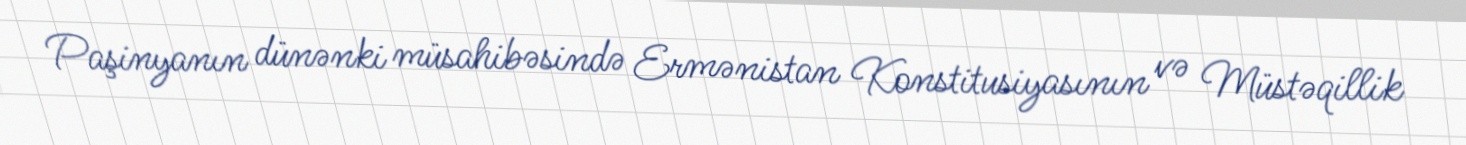
Paşinyanın dünənki müsahibəsində Ermənistan Konstitusiyasının və Müstəqillik